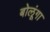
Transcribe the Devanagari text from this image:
बोलूंगा